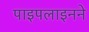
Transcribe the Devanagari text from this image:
पाइपलाइनने